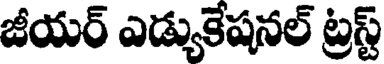
జీయర్ ఎడ్యుకేషనల్ ట్రస్ట్